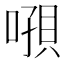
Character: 𰈝